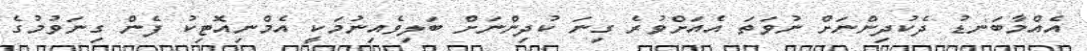
އެއްމާބަނޑު ދެކުދިންނަށް ނުވަތަ އެއަށްވުރެ ގިނަ ކުދިންނަށް ބަލިވެއިނުމަކީ އެމްނިއޮޓިކު ފެން ގިނަވުމުގެ